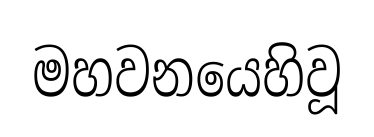
මහවනයෙහිවූ